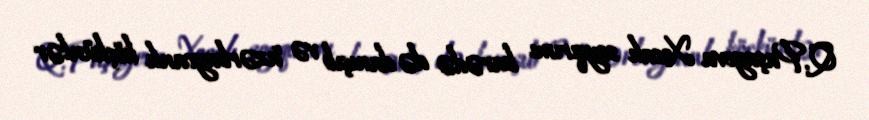
Q.Paşayeva Xocalı soyqırımı barədə də danışıb və "azərbaycanlı köçkünlər